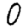
Digit: 0